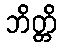
ဘိတ္တိ